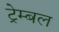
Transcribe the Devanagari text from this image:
ट्रेम्बल